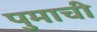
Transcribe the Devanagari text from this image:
पुमाची